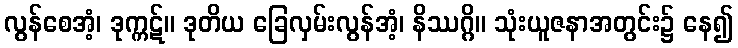
လွန်စေအံ့၊ ဒုက္ကဋ်။ ဒုတိယ ခြေလှမ်းလွန်အံ့၊ နိဿဂ္ဂိ။ သုံးယူဇနာအတွင်း၌ နေ၍